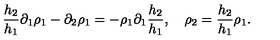
\frac { h _ { 2 } } { h _ { 1 } } \partial _ { 1 } \rho _ { 1 } - \partial _ { 2 } \rho _ { 1 } = - \rho _ { 1 } \partial _ { 1 } \frac { h _ { 2 } } { h _ { 1 } } , \quad \rho _ { 2 } = \frac { h _ { 2 } } { h _ { 1 } } \rho _ { 1 } .